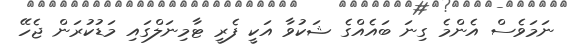
ނަމަވެސް އެންމެ ގިނަ ބައެއްގެ ޝަކުވާ އަކީ ފެރީ ޓާމިނަލްގައި މަޑުކުރަން ޖެހޭ